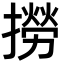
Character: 撈